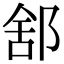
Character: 𨛭